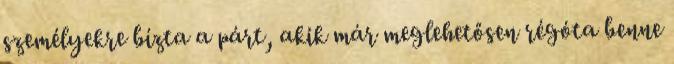
személyekre bízta a párt, akik már meglehetősen régóta benne